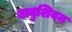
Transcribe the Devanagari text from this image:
बाबुशिवन